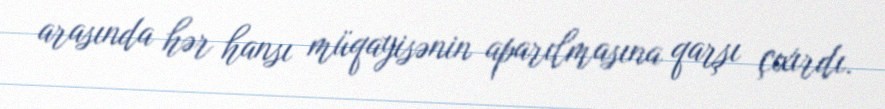
arasında hər hansı müqayisənin aparılmasına qarşı çıxırdı.